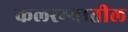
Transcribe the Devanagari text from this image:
कलरग्यातील